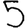
Digit: 5